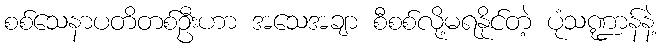
စစ်သေနာပတိတစ်ဦးဟာ အသေအချာ စီစစ်လို့မရနိုင်တဲ့ ပုံသဏ္ဍာန်နဲ့